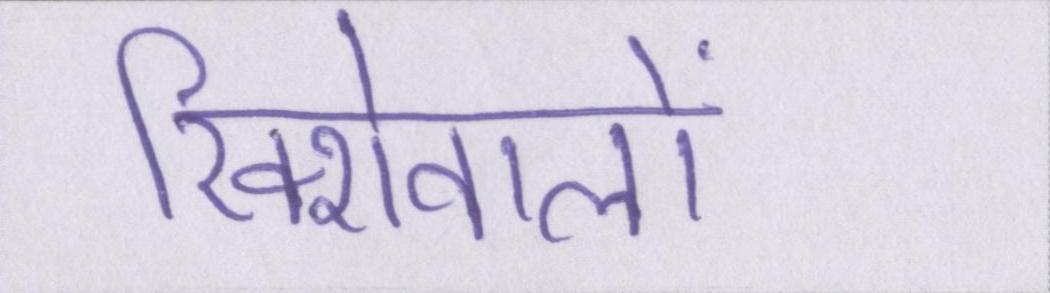
रिक्शेवालों